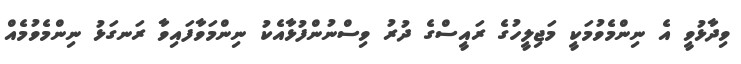
ވިދާޅުވީ އެ ނިންމެވުމަކީ މަޖިލީހުގެ ރައީސްގެ ދުރު ވިސްނުންފުޅާއެކު ނިންމަވާފައިވާ ރަނގަޅު ނިންމެވުމެއް